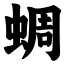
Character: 蜩